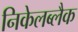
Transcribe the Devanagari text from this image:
निकेलब्लैक